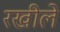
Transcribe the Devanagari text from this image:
रखीले